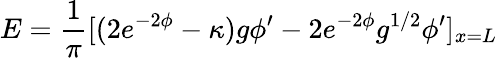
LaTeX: E={\frac{1}{\pi}}[(2e^{-2\phi}-\kappa)g\phi^{\prime}-2e^{-2\phi}g^{1/2}\phi^{\prime}]_{x=L}